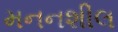
મનનશીલ